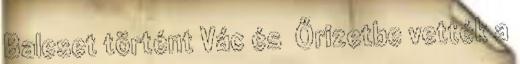
Baleset történt Vác és Őrizetbe vették a